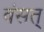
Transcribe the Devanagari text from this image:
वंसत्‌